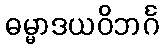
ဓမ္မာဒယဝိဘင်္ဂ